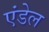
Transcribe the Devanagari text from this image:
एंडेल